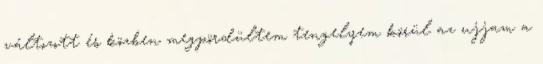
változott és közben megpördültem tengelyem körül az ujjam a